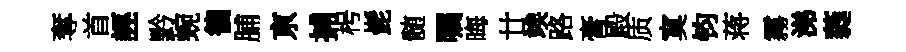
奪首誣黔蜿徧脯亰捕枵髭髄嘱晦廿竢路膏殿质寞钧蒋霧涕蕤